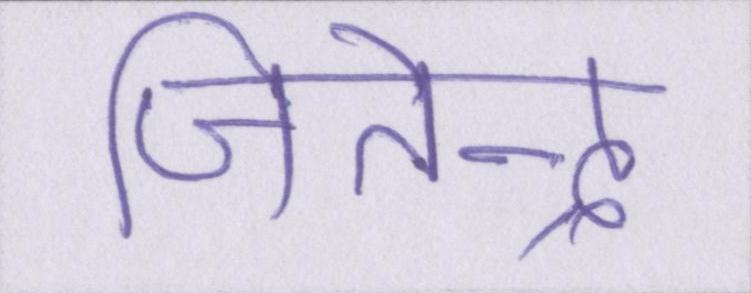
जितेन्द्र